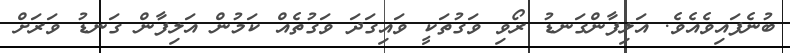
ބުނެފައިވެއެވެ. އަލިފާންގަނޑު ރޯވި ވަގުތަކީ ވައިގަދަ ވަގުތެއް ކަމުން އަލިފާން ގަނޑު ވަރަށް